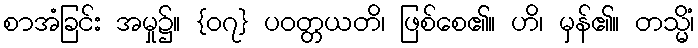
စာအံခြင်း အမှု၌။ {၀၇} ပဝတ္တယတိ၊ ဖြစ်စေ၏။ ဟိ၊ မှန်၏။ တသ္မိံ၊